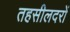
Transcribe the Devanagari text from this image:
तहसीलदरों